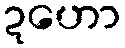
ဍဟော